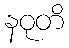
နဝုတိ